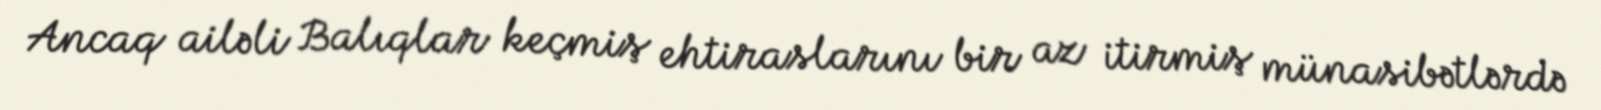
Ancaq ailəli Balıqlar keçmiş ehtiraslarını bir az itirmiş münasibətlərdə